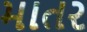
માતર